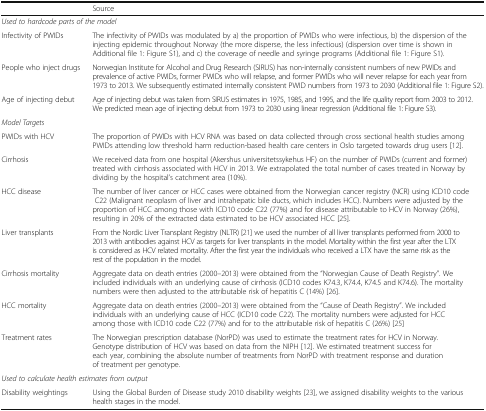
<table><thead><tr><td></td><td><b>Source</b></td></tr></thead><tbody><tr><td colspan="2"><i>Used to hardcode parts of the model</i></td></tr><tr><td>Infectivity of PWIDs</td><td>The infectivity of PWIDs was modulated by a) the proportion of PWIDs who were infectious, b) the dispersion of the injecting epidemic throughout Norway (the more disperse, the less infectious) (dispersion over time is shown in Additional file 1: Figure S1), and c) the coverage of needle and syringe programs (Additional file 1: Figure S1).</td></tr><tr><td>People who inject drugs</td><td>Norwegian Institute for Alcohol and Drug Research (SIRUS) has non-internally consistent numbers of new PWIDs and prevalence of active PWIDs, former PWIDs who will relapse, and former PWIDs who will never relapse for each year from 1973 to 2013. We subsequently estimated internally consistent PWID numbers from 1973 to 2030 (Additional file 1: Figure S2).</td></tr><tr><td>Age of injecting debut</td><td>Age of injecting debut was taken from SIRUS estimates in 1975, 1985, and 1995, and the life quality report from 2003 to 2012. We predicted mean age of injecting debut from 1973 to 2030 using linear regression (Additional file 1: Figure S3).</td></tr><tr><td colspan="2"><i>Model Targets</i></td></tr><tr><td>PWIDs with HCV</td><td>The proportion of PWIDs with HCV RNA was based on data collected through cross sectional health studies among PWIDs attending low threshold harm reduction-based health care centers in Oslo targeted towards drug users [12].</td></tr><tr><td>Cirrhosis</td><td>We received data from one hospital (Akershus universitetssykehus HF) on the number of PWIDs (current and former) treated with cirrhosis associated with HCV in 2013. We extrapolated the total number of cases treated in Norway by dividing by the hospital’s catchment area (10%).</td></tr><tr><td>HCC disease</td><td>The number of liver cancer or HCC cases were obtained from the Norwegian cancer registry (NCR) using ICD10 code C22 (Malignant neoplasm of liver and intrahepatic bile ducts, which includes HCC). Numbers were adjusted by the proportion of HCC among those with ICD10 code C22 (77%) and for disease attributable to HCV in Norway (26%), resulting in 20% of the extracted data estimated to be HCV associated HCC [25].</td></tr><tr><td>Liver transplants</td><td>From the Nordic Liver Transplant Registry (NLTR) [21] we used the number of all liver transplants performed from 2000 to 2013 with antibodies against HCV as targets for liver transplants in the model. Mortality within the first year after the LTX is considered as HCV related mortality. After the first year the individuals who received a LTX have the same risk as the rest of the population in the model.</td></tr><tr><td>Cirrhosis mortality</td><td>Aggregate data on death entries (2000–2013) were obtained from the “Norwegian Cause of Death Registry”. We included individuals with an underlying cause of cirrhosis (ICD10 codes K74.3, K74.4, K74.5 and K74.6). The mortality numbers were then adjusted to the attributable risk of hepatitis C (14%) [26].</td></tr><tr><td>HCC mortality</td><td>Aggregate data on death entries (2000–2013) were obtained from the “Cause of Death Registry”. We included individuals with an underlying cause of HCC (ICD10 code C22). The mortality numbers were adjusted for HCC among those with ICD10 code C22 (77%) and for to the attributable risk of hepatitis C (26%) [25]</td></tr><tr><td>Treatment rates</td><td>The Norwegian prescription database (NorPD) was used to estimate the treatment rates for HCV in Norway. Genotype distribution of HCV was based on data from the NIPH [12]. We estimated treatment success for each year, combining the absolute number of treatments from NorPD with treatment response and duration of treatment per genotype.</td></tr><tr><td colspan="2"><i>Used to calculate health estimates from output</i></td></tr><tr><td>Disability weightings</td><td>Using the Global Burden of Disease study 2010 disability weights [23], we assigned disability weights to the various health stages in the model.</td></tr></tbody></table>